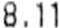
8.11